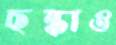
ছল্‌কাও